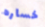
خساره